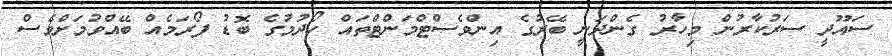
ސައޫދީ ސަރުކާރުން މިހާރު ގެންދަނީ ބޭރުގެ އިންވެސްޓްމަންޓްތައް ހޯދުމުގެ ބޮޑު ފޯރަމެއް ބޭއްވުމަށްވެސް